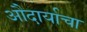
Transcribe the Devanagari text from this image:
औदार्याचा